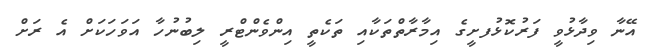
އޭނާ ވިދާޅުވީ ފަރުކޮޅުފށީގެ އިމާރާތްތަކާއި ތަކެތީ އިންވެންޓްރީ ލިބުނުހާ އަވަހަކަށް އެ ރަށް